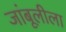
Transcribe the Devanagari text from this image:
जांबूलीला